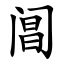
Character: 阊